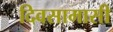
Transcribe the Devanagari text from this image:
दिवसामासी